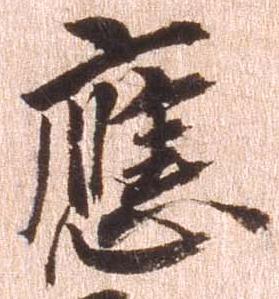
応